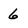
Character: 6